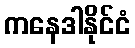
ကနေဒါနိုင်ငံ